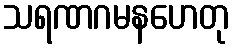
သရဏဂမနဟေတု